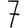
Digit: 7